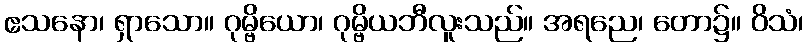
ဧသနော၊ ရှာသော။ ဂုမ္ဗိယော၊ ဂုမ္ဗိယဘီလူးသည်။ အရညေ၊ တော၌။ ဝိသံ၊